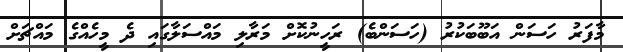
މާފަރު ހަސަން އަބޫބަކުރު (ހަސަންބެ) ރަހީނުކޮށް މަރާލި މައްސަލާގައި ދެ މީހެއްގެ މައްޗަށް